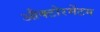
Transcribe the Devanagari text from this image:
औक्टोरमेंटम